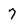
Character: 7